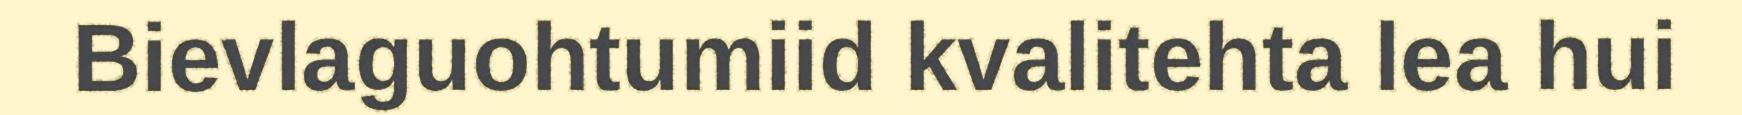
Bievlaguohtumiid kvalitehta lea hui